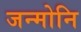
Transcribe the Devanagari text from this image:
जन्मोनि